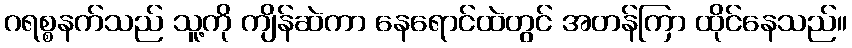
ဂရစ္စနက်သည် သူ့ကို ကျိန်ဆဲကာ နေရောင်ထဲတွင် အတန်ကြာ ထိုင်နေသည်။